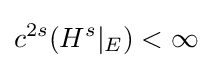
c^{2s}(H^{s}|_{E})<\infty